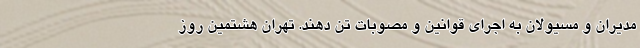
مدیران و مسیولان به اجرای قوانین و مصوبات تن دهند. تهران هشتمین روز